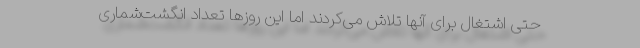
حتی اشتغال برای آنها تلاش می‌کردند اما این روزها تعداد انگشت‌شماری